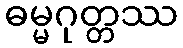
ဓမ္မဂုတ္တဿ